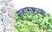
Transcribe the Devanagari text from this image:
सहासष्टाव्या